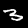
Digit: 3